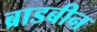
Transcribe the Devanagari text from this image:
ब्राडबीन